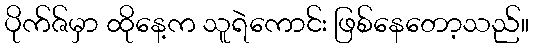
ပိုက်ဇ်မှာ ထိုနေ့က သူရဲကောင်း ဖြစ်နေတော့သည်။